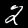
Digit: 2